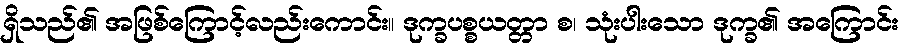
ရှိသည်၏ အဖြစ်ကြောင့်လည်းကောင်း။ ဒုက္ခပစ္စယတ္တာ စ၊ သုံးပါးသော ဒုက္ခ၏ အကြောင်း